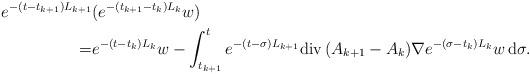
LaTeX: \begin{align*}e^{-(t-t_{k+1})L_{k+1}}&(e^{-(t_{k+1}-t_k)L_k}w)\\=&e^{-(t-t_k)L_k}w-\int_{t_{k+1}}^te^{-(t-\sigma)L_{k+1}}{\rm div}\,(A_{k+1}-A_k)\nabla e^{-(\sigma-t_k)L_k}w\,{\rm d}\sigma.\end{align*}